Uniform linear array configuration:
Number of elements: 8
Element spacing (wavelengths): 0.5
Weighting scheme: binomial
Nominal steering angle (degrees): -45
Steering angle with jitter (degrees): -44.097
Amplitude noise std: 0.05
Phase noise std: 0.05

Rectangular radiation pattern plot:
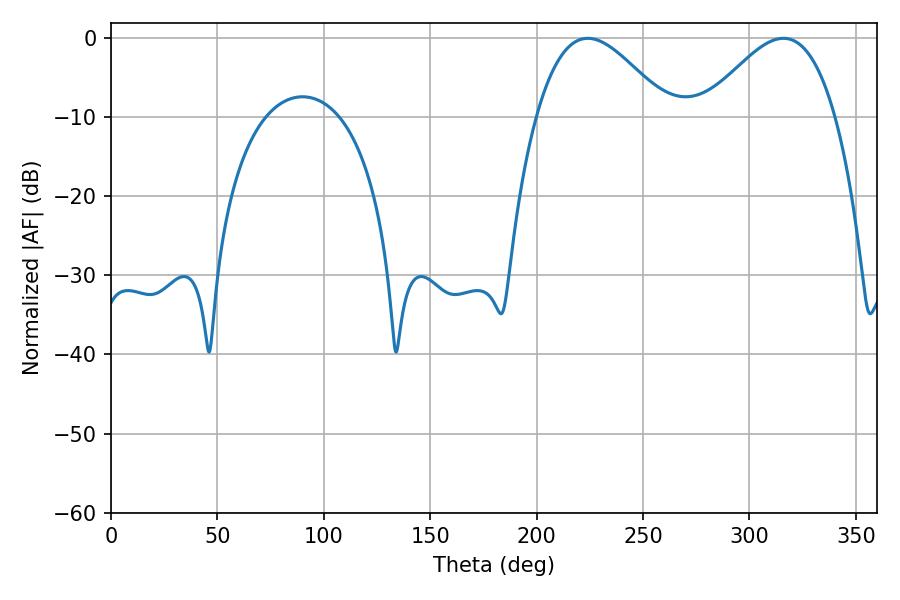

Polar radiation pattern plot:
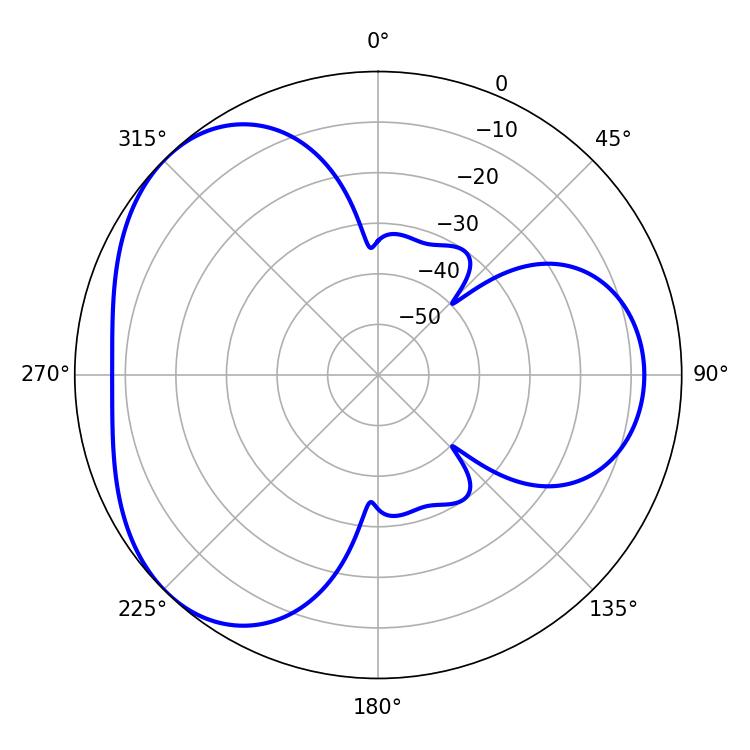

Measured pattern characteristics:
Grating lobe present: FALSE
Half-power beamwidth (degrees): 33.3
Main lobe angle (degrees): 224.1